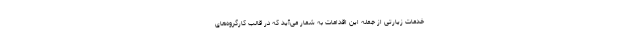
خدمات زیارتی از جمله این اقدامات به شمار می‌آید که در قالب کارگروه‌های